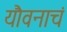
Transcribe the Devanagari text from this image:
यौवनाचं